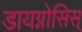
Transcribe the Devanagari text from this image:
डायग्नोसिस्